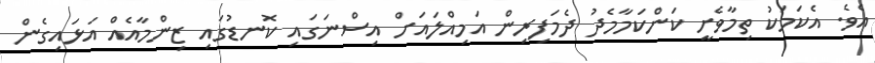
އެވެ. އެކަމަކު ތިމާވެށީ ކަންކަމާމެދު ދެމަފިރިން އަމިއްލައަށް އިސްނަގައި ކޮނޑުގައި ޒިންމާއެއް އަޅައިގެން